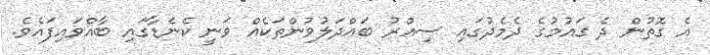
އެ ގޮތުން ދެ ގައުމުގެ ދެމެދުގައި ސިއްރު ބައްދަލުވުންތަކެއް ވަނީ ކެނެޑާގައި ބާއްވައިފައެވެ.